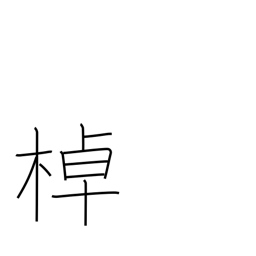
Meaning: pole a boat